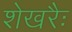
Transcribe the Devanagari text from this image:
शेखरैः